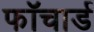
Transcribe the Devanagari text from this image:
फॉचार्ड